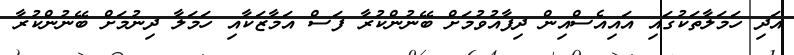
އަދި ހަމަލާތަކުގައި އައިއެސްއިން ދިފާއުވުމަށް ބޭނުންކުރާ ފަސް އަމާޒަކާއި ހަމަލާ ދިނުމަށް ބޭނުންކުރާ